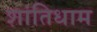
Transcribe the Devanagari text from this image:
शांतिधाम